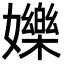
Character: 㜰